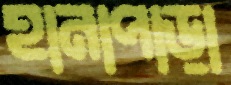
হানাপাড়া